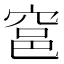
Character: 𰩎